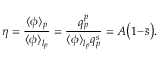
\eta = \frac { \langle \phi \rangle _ { p } } { \langle \phi \rangle _ { l _ { p } } } = \frac { q _ { p } ^ { p } } { \langle \phi \rangle _ { l _ { p } } q _ { p } ^ { s } } = { \cal A } \bigl ( 1 \! - \! \bar { s } \bigr ) .